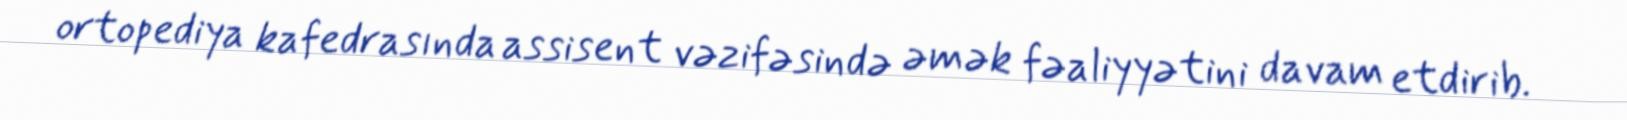
ortopediya kafedrasında assisent vəzifəsində əmək fəaliyyətini davam etdirib.